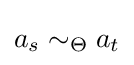
a_{s}\sim _{\Theta }a_{t}